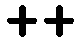
++